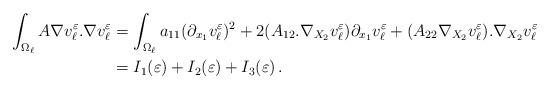
LaTeX: \begin{align*}\int_{\Omega_\ell}A\nabla v_\ell^\varepsilon.\nabla v_\ell^\varepsilon &= \int_{\Omega_\ell} a_{11}(\partial_{x_1} v_\ell^\varepsilon)^2 + 2(A_{12}.\nabla_{X_2}v_\ell^\varepsilon) \partial_{x_1}v_\ell^\varepsilon + (A_{22}\nabla_{X_2} v_\ell^\varepsilon).\nabla_{X_2} v_\ell^\varepsilon \\&= I_1(\varepsilon) + I_2(\varepsilon) + I_3(\varepsilon)\,.\end{align*}